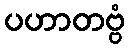
ပဟာတဗ္ဗံ